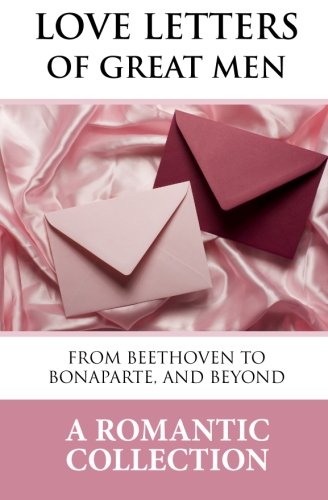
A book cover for Love Letters of Great Men: The Collection of Love Letters Drawn from by Carrie Bradshaw in "Sex in the City"; Ludwig Van Beethoven; Literature & Fiction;